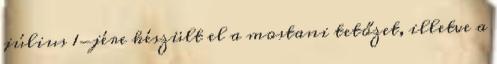
július 1-jére készült el a mostani tetőzet, illetve a